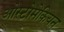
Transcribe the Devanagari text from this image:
ओस्टोमेकियन